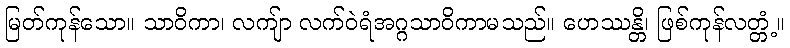
မြတ်ကုန်သော။ သာဝိကာ၊ လကျ်ာ လက်ဝဲရံအဂ္ဂသာဝိကာမသည်။ ဟေဿန္တိ၊ ဖြစ်ကုန်လတ္တံ့။